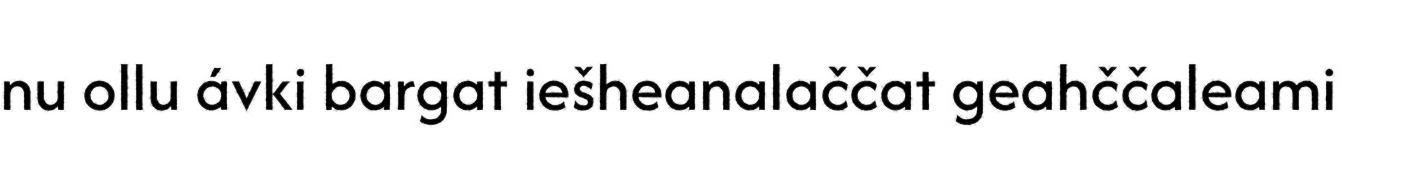
nu ollu ávki bargat iešheanalaččat geahččaleami